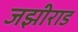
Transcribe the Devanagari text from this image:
जझीराड